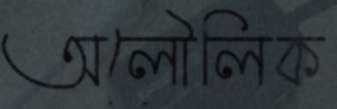
অলৌলিক